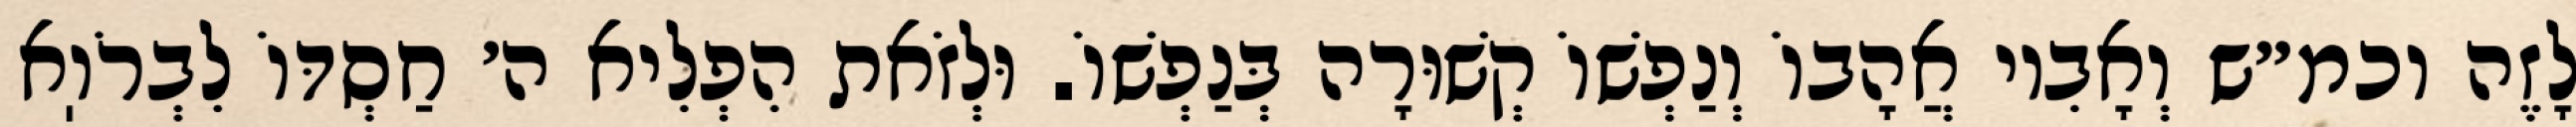
לָזֶה וכמ״ש וְאָבִיו אֲהָבוֹ וְנַפְשׁוֹ קְשׁוּרָה בְּנַפְשׁוֹ. וּלְזֹאת הִפְלִיא ה׳ חַסְדּוֹ לִבְרֹוֽא